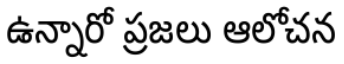
ఉన్నారో ప్రజలు ఆలోచన